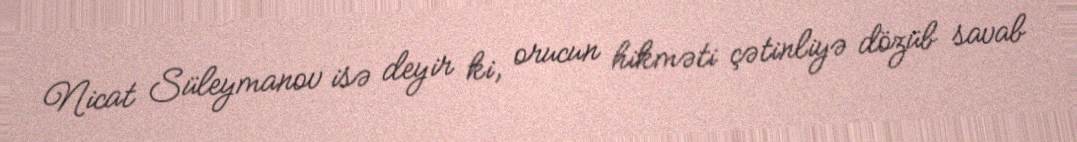
Nicat Süleymanov isə deyir ki, orucun hikməti çətinliyə dözüb savab